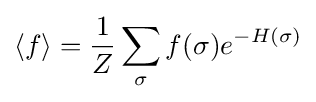
\langle f\rangle ={\frac {1}{Z}}\sum _{\sigma }f(\sigma )e^{-H(\sigma )}